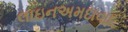
લાઇનઅમદાવાદ